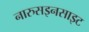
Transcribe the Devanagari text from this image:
नारुसइनसाइट